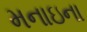
મનાઇના